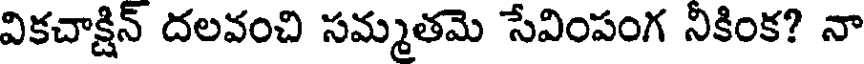
వికచాక్షిన్ దలవంచి సమ్మతమె సేవింపంగ నికింక? నా